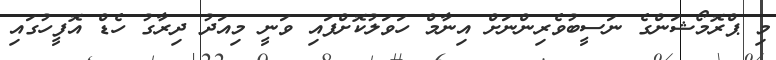
މި ޕްރޮމޯޝަންގެ ނަސީބުވެރިންނަށް އިނާމް ހަވަލުކޮށްފައި ވަނީ މިއަދު ދިރާގު ހެޑް އޮފީހުގައި